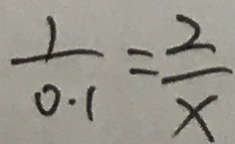
\frac { 1 } { 0 . 1 } = \frac { 2 } { x }